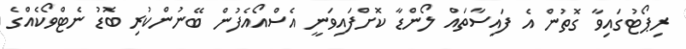
ރިޕޯޓުގައިވާ ގޮތުން އެ ފައިސާތައް ލޯންޑާ ކޮށްފައިވަނީ އެސްއޯއެފުން ބޭނުންކުރި ބޮޑު ނެޓްވޯކެއްގެ